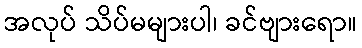
အလုပ် သိပ်မများပါ၊ ခင်ဗျားရော။